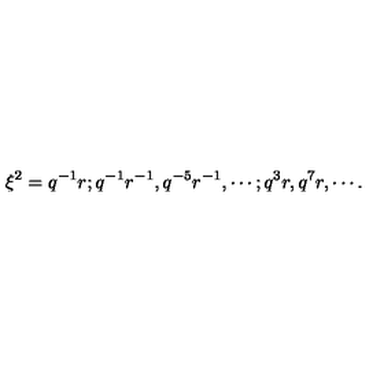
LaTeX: \xi ^ { 2 } = q ^ { - 1 } r ; q ^ { - 1 } r ^ { - 1 } , q ^ { - 5 } r ^ { - 1 } , \cdots ; q ^ { 3 } r , q ^ { 7 } r , \cdots .